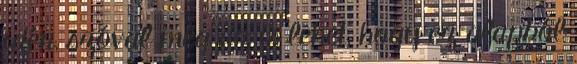
idén, szóval még az is lehet, hogy ez alapból